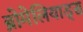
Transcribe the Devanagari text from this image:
ब्रोमेलियाड्स